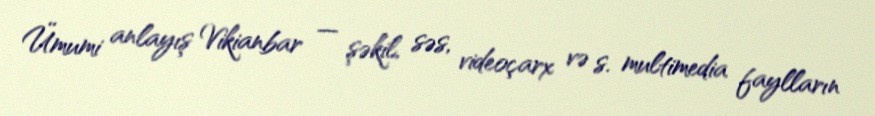
Ümumi anlayış Vikianbar — şəkil, səs, videoçarx və s. multimedia faylların